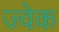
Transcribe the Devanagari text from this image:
ज्वेक